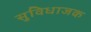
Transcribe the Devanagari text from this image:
सुविधाजक